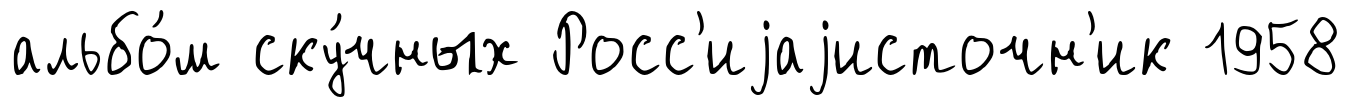
альбо́м ску́чных Росс'иjаjисточн'ик 1958